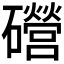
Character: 𥗞